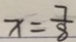
x = \frac { 7 } { 8 }